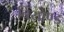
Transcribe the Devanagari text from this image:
बियोण्ड